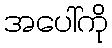
အပေါ်ကို